Annual report of the Imperial Bacteriologist
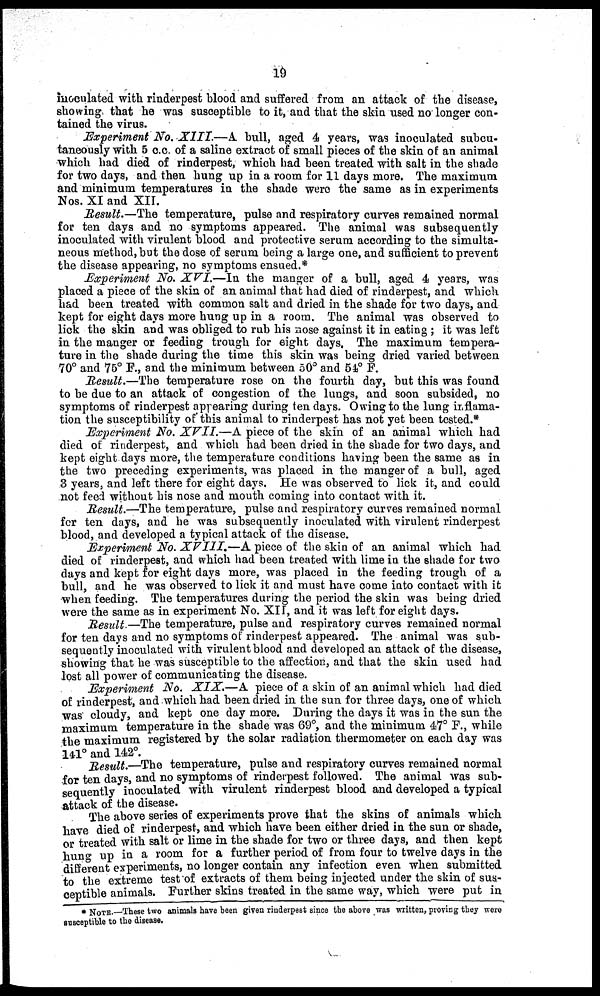
19
inoculated with rinderpest blood and suffered from an attack of the disease,
showing that he was susceptible to it, and that the skin used no longer con¬
tained the virus.
Experiment No. XIII.—A bull, aged 4 years, was inoculated subcu-
taneously with 5 c.c. of a saline extract of small pieces of the skin of an animal
which had died of rinderpest, which had been treated with salt in the shade
for two days, and then hung up in a room for 11 days more. The maximum
and minimum temperatures in the shade were the same as in experiments
Nos. XI and XII.
Result.—The temperature, pulse and respiratory curves remained normal
for ten days and no symptoms appeared. The animal was subsequently
inoculated with virulent blood and protective serum according to the simulta-
neous method, but the dose of serum being a large one, and sufficient to prevent
the disease appearing, no symptoms ensued.*
Experiment No. XVI.—In the manger of a bull, aged 4 years, was
placed a piece of the skin of an animal that had died of rinderpest, and which
had been treated with common salt and dried in the shade for two days, and
kept for eight days more hung up in a room. The animal was observed to
lick the skin and was obliged to rub his nose against it in eating ; it was left
in the manger or feeding trough for eight days. The maximum tempera-
ture in the shade during the time this skin was being dried varied between
70° and 75° F., and the minimum between 50° and 54° F.
Result.—The temperature rose on the fourth day, but this was found
to be due to an attack of congestion of the lungs, and soon subsided, no
symptoms of rinderpest appearing during ten days. Owing to the lung inflama¬
tion the susceptibility of this animal to rinderpest has not yet been tested.*
Experiment No. XVII.—A piece of the skin of an animal which had
died of rinderpest, and which had been dried in the shade for two days, and
kept eight days more, the temperature conditions having been the same as in
the two preceding experiments, was placed in the manger of a bull, aged
3 years, and left there for eight days. He was observed to lick it, and could
not feed without his nose and mouth coming into contact with it.
Result.—The temperature, pulse and respiratory curves remained normal
for ten days, and he was subsequently inoculated with virulent rinderpest
blood, and developed a typical attack of the disease.
Experiment No. XVIII.—A piece of the skin of an animal which had
died of rinderpest, and which had been treated with lime in the shade for two
days and kept for eight days more, was placed in the feeding trough of a
bull, and he was observed to lick it and must have come into contact with it
when feeding. The temperatures during the period the skin was being dried
were the same as in experiment No. XII, and it was left for eight days.
Result.—The temperature, pulse and respiratory curves remained normal
for ten days and no symptoms of rinderpest appeared. The animal was sub-
sequently inoculated with virulent blood and developed an attack of the disease,
showing that he was susceptible to the affection, and that the skin used had
lost all power of communicating the disease.
Experiment No. XIX.—A piece of a skin of an animal which had died
of rinderpest, and which had been dried in the sun for three days, one of which
was cloudy, and kept one day more. During the days it was in the sun the
maximum temperature in the shade was 69°, and the minimum 47° F., while
the maximum registered by the solar radiation thermometer on each day was
141° and 142°.
Result.—The temperature, pulse and respiratory curves remained normal
for ten days, and no symptoms of rinderpest followed. The animal was sub-
sequently inoculated with virulent rinderpest blood and developed a typical
attack of the disease.
The above series of experiments prove that the skins of animals which
have died of rinderpest, and which have been either dried in the sun or shade,
or treated with salt or lime in the shade for two or three days, and then kept
hung up in a room for a further period of from four to twelve days in the
different experiments, no longer contain any infection even when submitted
to the extreme test of extracts of them being injected under the skin of sus-
ceptible animals. Further skins treated in the same way, which were put in
* NOTE.—These two animals have been given rinderpest since the above was written, proving they were
susceptible to the disease.